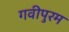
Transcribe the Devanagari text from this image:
गवीपुरम